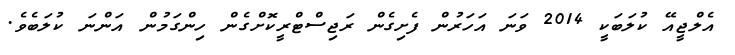
އެލްޖީއޭ ކުލަބަކީ 2014 ވަނަ އަހަރުން ފެށިގެން ރަޖިސްޓްރީކޮށްގެން ހިންގަމުން އަންނަ ކުލަބެވެ.